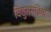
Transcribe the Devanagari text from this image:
विद्युतसक्रिय